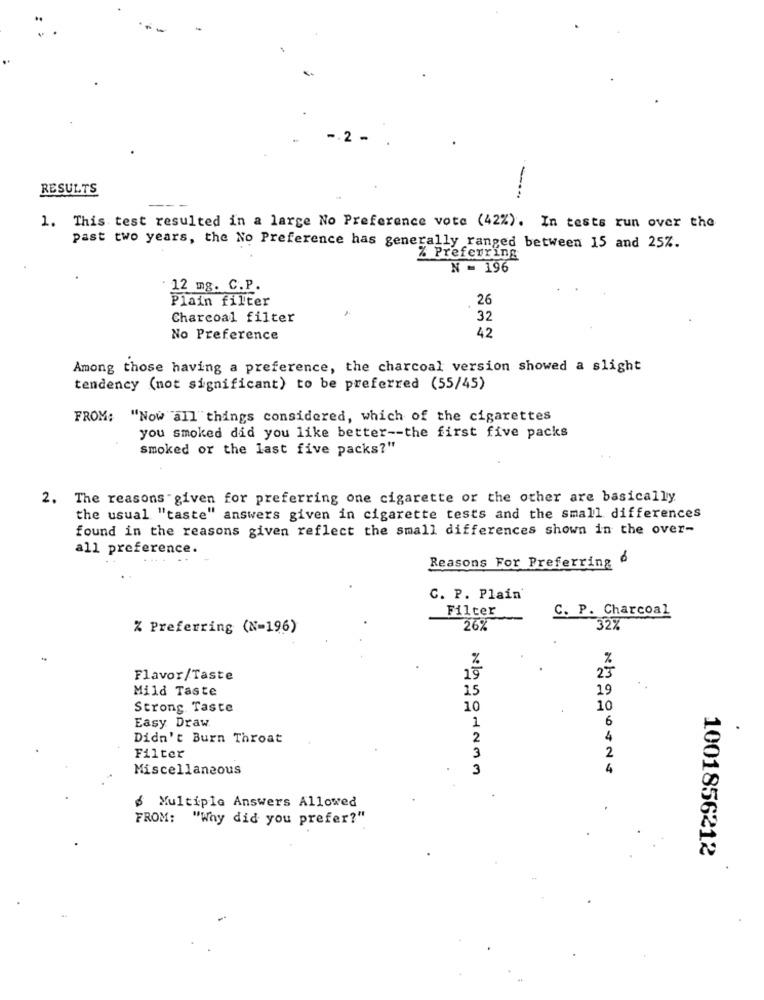
.2 .
RESULTS
1. This test resulted in a large No Preference vote (42%). In tests run over the
past two years, the No Preference has generally ranged between 15 and 25%.
% Preferring
N = 196
12 mg. C.P.
Plain filter
26
Charcoal filter
32
42
No Preference
Among those having a preference, the charcoal version showed a slight
tendency (not significant) to be preferred (55/45)
FROM: "Now all things considered, which of the cigarettes
you smoked did you like better -- the first five packs
smoked or the last five packs?"
2. The reasons given for preferring one cigarette or the other are basically.
the usual "taste" answers given in cigarette tests and the small differences
found in the reasons given reflect the small differences shown in the over-
all preference.
Reasons For Preferring
C. P. Plain'
Filter
C. P. Charcoal
% Preferring (N=196)
26%
32%
%
%
23
Flavor/Taste
19
Mild Taste
15
19
Strong. Taste
10
10
Easy Draw
6
1
Didn't Burn Throat
2
3
Filter
Miscellaneous
3
.
Multiple Answers Allowed
FROM: "Why did you prefer?"
1001856212